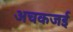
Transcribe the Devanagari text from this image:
अचकजई